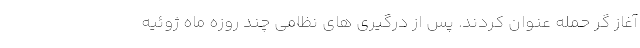
آغاز گر حمله عنوان کردند. پس از درگیری های نظامی چند روزه ماه ژوئیه